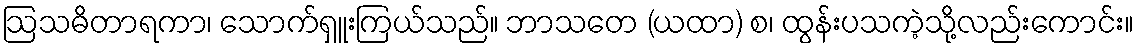
ဩသဓိတာရကာ၊ သောက်ရှူးကြယ်သည်။ ဘာသတေ (ယထာ) စ၊ ထွန်းပသကဲ့သို့လည်းကောင်း။